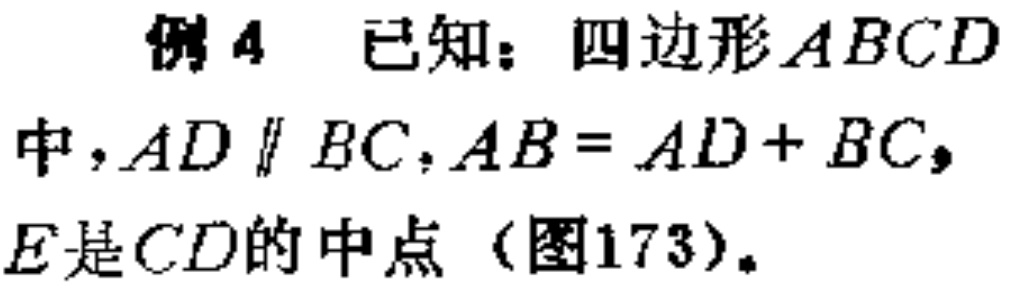
例4 已知：四边形\(ABCD\)中，\(AD \parallel BC\)，\(AB = AD + BC\)，\(E\)是\(CD\)的中点（图173）。